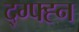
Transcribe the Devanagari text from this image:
द्ग्फ्ह्न